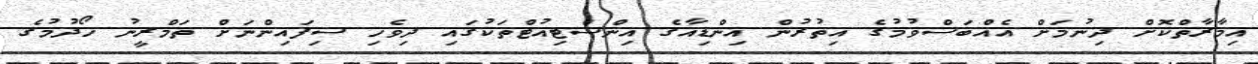
އިމާރާތްކޮށް ދިނުމަށް އެއްބަސްވުމުގެ އިތުރުން އިންޑިއާގެ އިންސްޓިއުޓްތަކުގައި ދިވެހި ސިފައިންނަށް ތަމްރީނު ހޯދުމުގެ